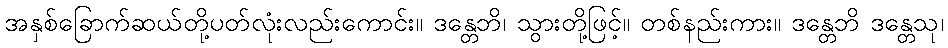
အနှစ်ခြောက်ဆယ်တို့ပတ်လုံးလည်းကောင်း။ ဒန္တေဘိ၊ သွားတို့ဖြင့်။ တစ်နည်းကား။ ဒန္တေဘိ ဒန္တေသု၊